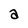
Character: a